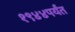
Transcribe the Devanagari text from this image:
१९४४पर्यंत